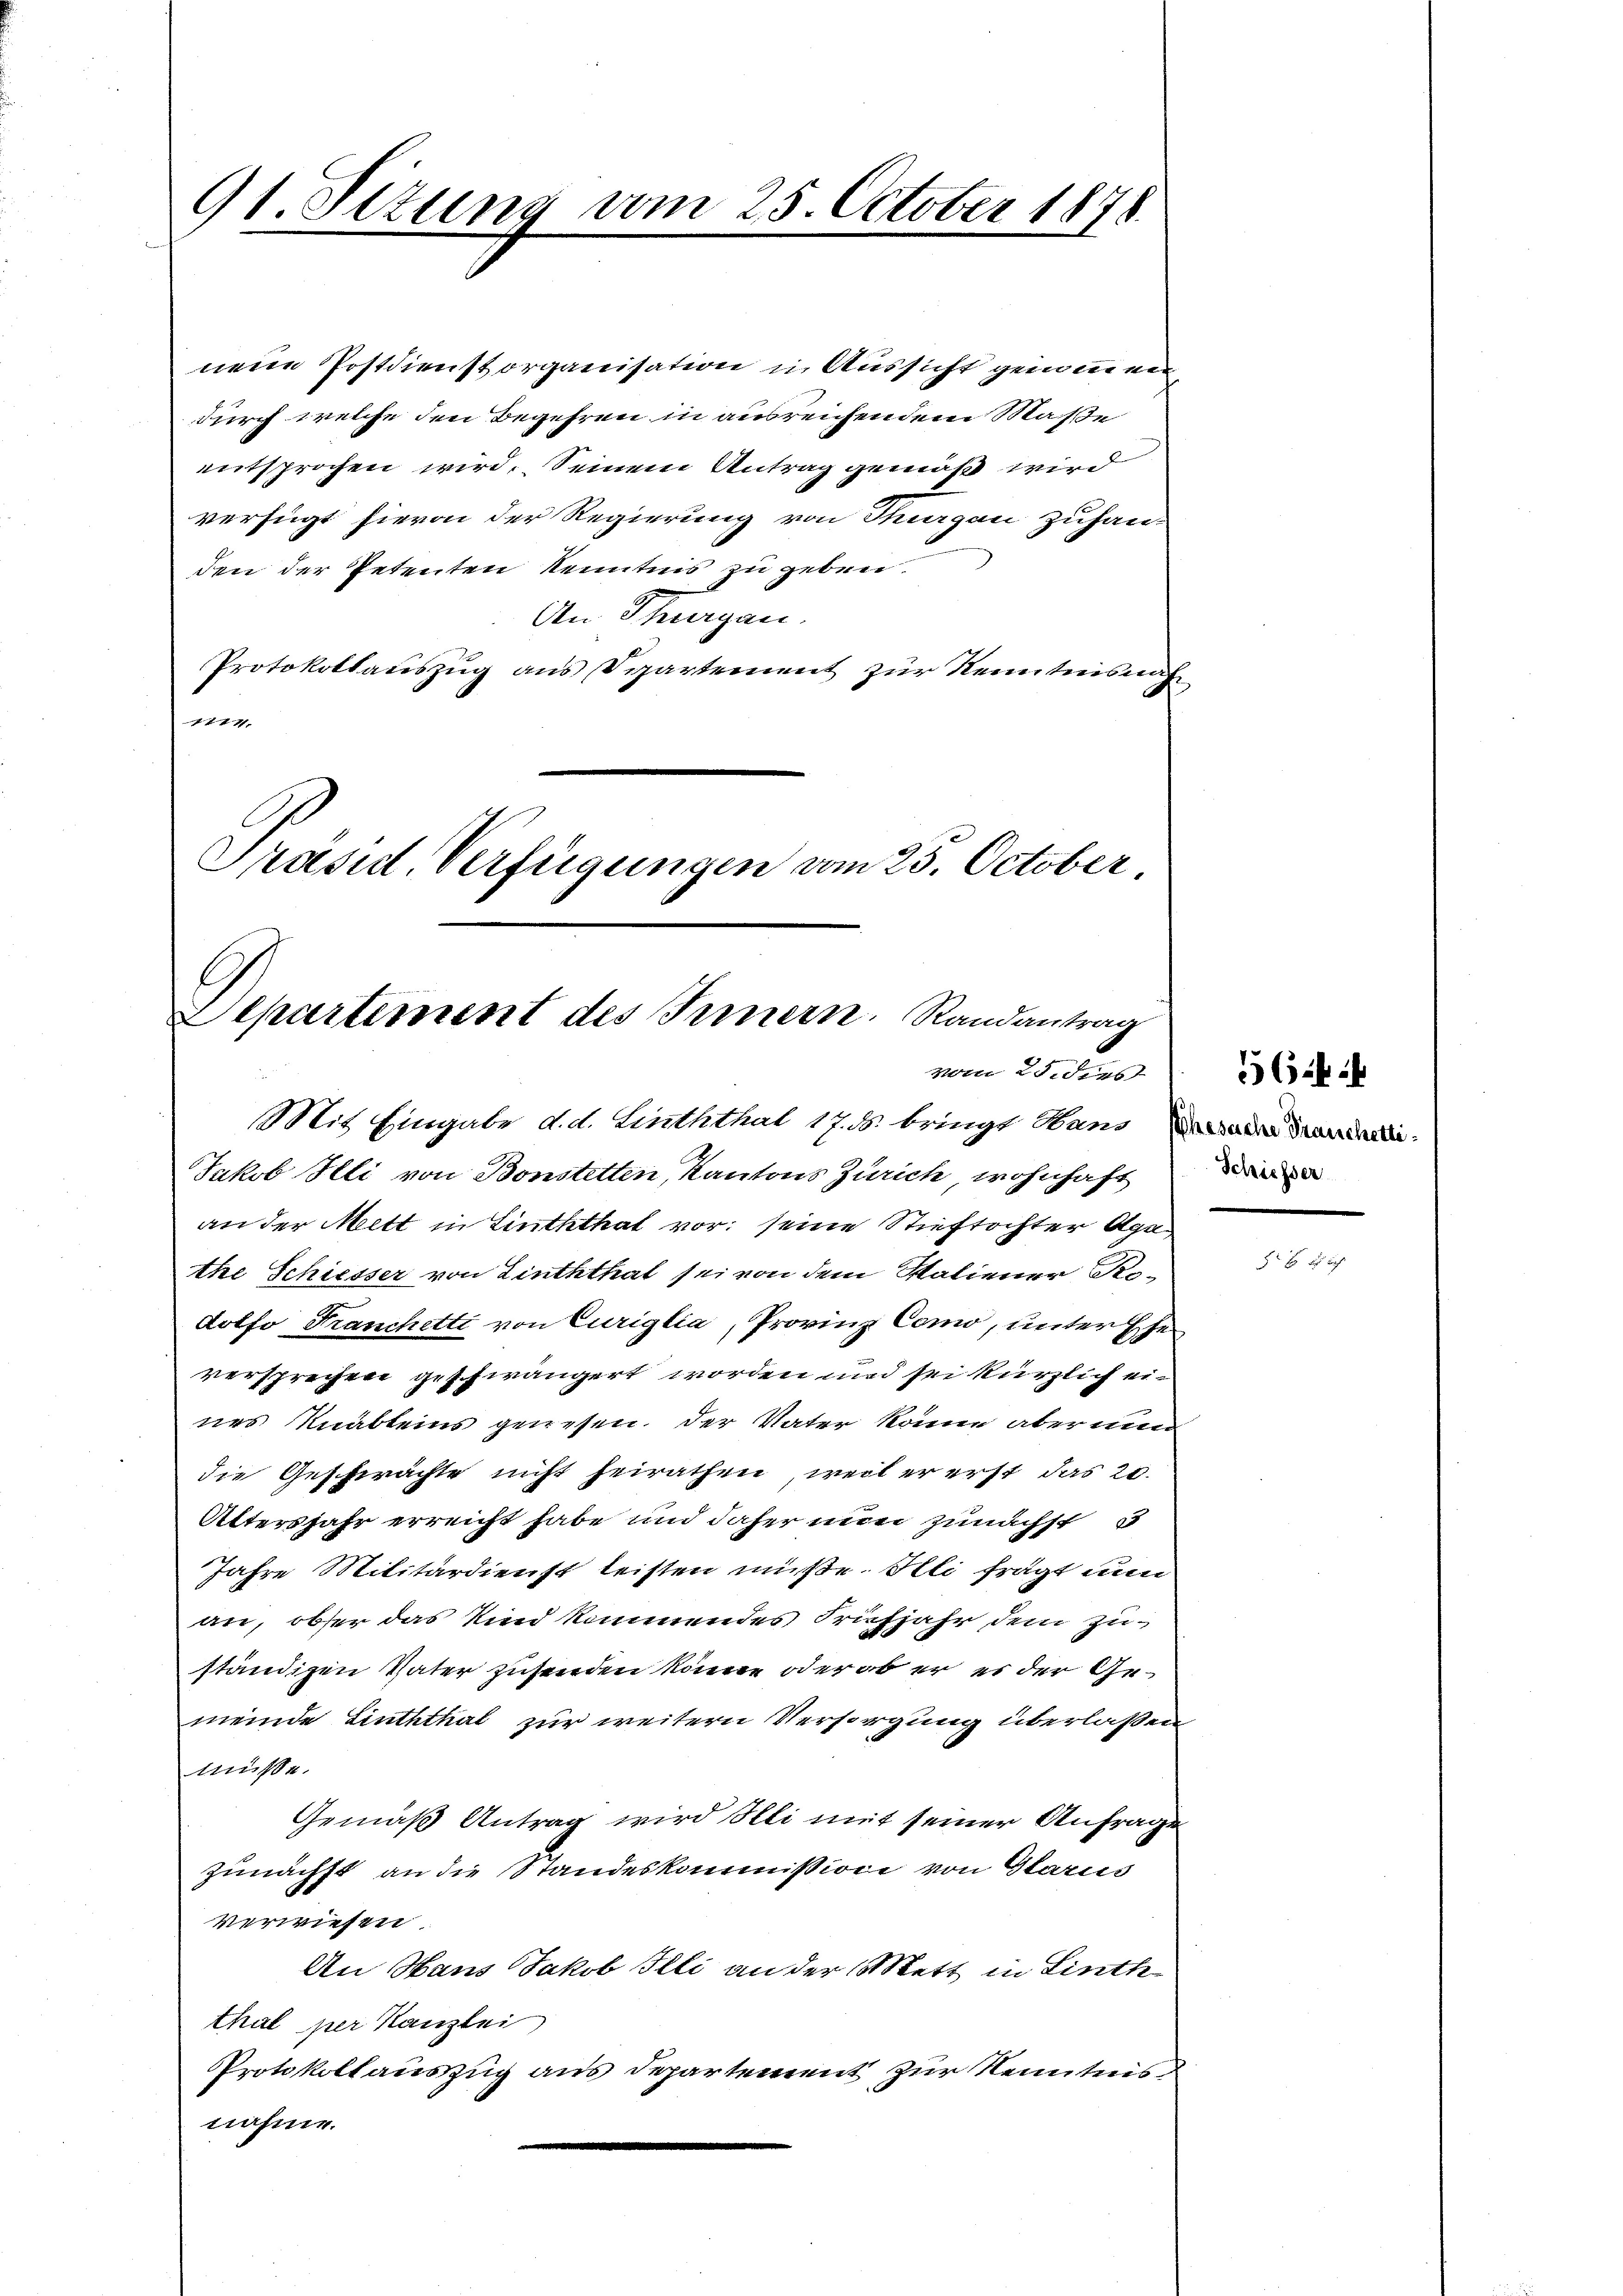
91. Situng vom 25. October 1878

nene Postdienst organisation in Aussicht gemeinen
durch welche den Begehren in ausreichendem Maße
entsprochen wird. Seinem Antrag gemäß wird
verfügt hievon der Regierung von Stuargen zuhan-
den der Petenten Kenntnis zu geben.
An Thurgau.
Protokollauszug aus Departement zur Kenntnisnah
7777
Präsid. Verfügungen vom 25. October.

Departement des Innern. Randantrag
vom 25. dies
Mit Eingabe d. d. Linththal 17. ds. bringt Hans ein Mandali

Jakob Illi von Bonstetten, Kantons Zürich wohnhaft
an der Mett in Linththat vor seine Stieftochter Aga
the Schiesser von Linththal sei von dem Saliener See-
dotfo Franchetti von Curiglia, Provinz Como, unterf
versprechen geschwängert worden und sei kürzlich eines Knäbleins gewesen. Der Vater könne aber nen
die Geschwächte nicht heirathen, weil er erst das 20.
Altersjahr erreicht habe und daher nun zunächst
Jahre Militärdienst leisten müße. Ali fragt nun
an, obser das Kind kommendes Frühjahr dem Zuständigen Vater zusenden könne, oder ob er es der Gemeinde Linththal zur weitern Versorgung überlaßen
müsse.
Gemäß Antrag wird Illi mit seiner Anfrage
zunächst an die Standeskommission von Glarus
verwiesen.
An Hans Jakob Illi an der Mett in Linth
thal per Kanzlei
Protokollauszug aus Departement zur Kenntnis
nahme.

s

Schiesser

6

x x x